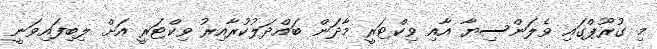
މި ގުރޫޕްގައި ވެލަންސިޔާ އާއި ވިކްޓަރީ މާދަން ބައްދަލުކުރާއިރު ވިކްޓަރީ އަށް ލިބިފައިވަނީ